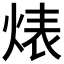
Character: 𱫑